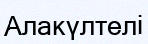
Алакүлтелі